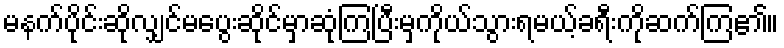
မနက်ပိုင်းဆိုလျှင်မပွေးဆိုင်မှာဆုံကြပြီးမှကိုယ်သွားရမယ့်ခရီးကိုဆက်ကြ၏။